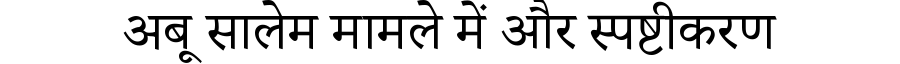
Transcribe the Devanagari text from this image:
अबू सालेम मामले में और स्पष्टीकरण